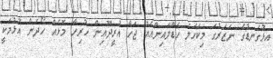
އޅުގަނޑުގެ ނަޒަރުގަ މިކަހަލަ ހެޑްލައިންއެއް ޖަހާ އުރީދޫއިން ހުރިހާ މޮޅެއް ހޯދަން އުޅުމަކީ